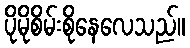
ပိုမိုစိမ်းစိုနေလေသည်။